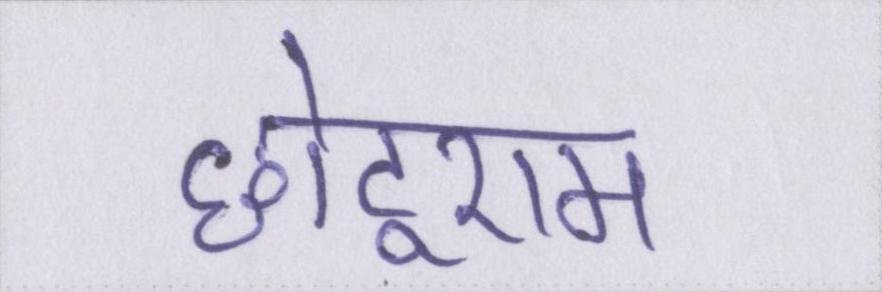
छोटूराम